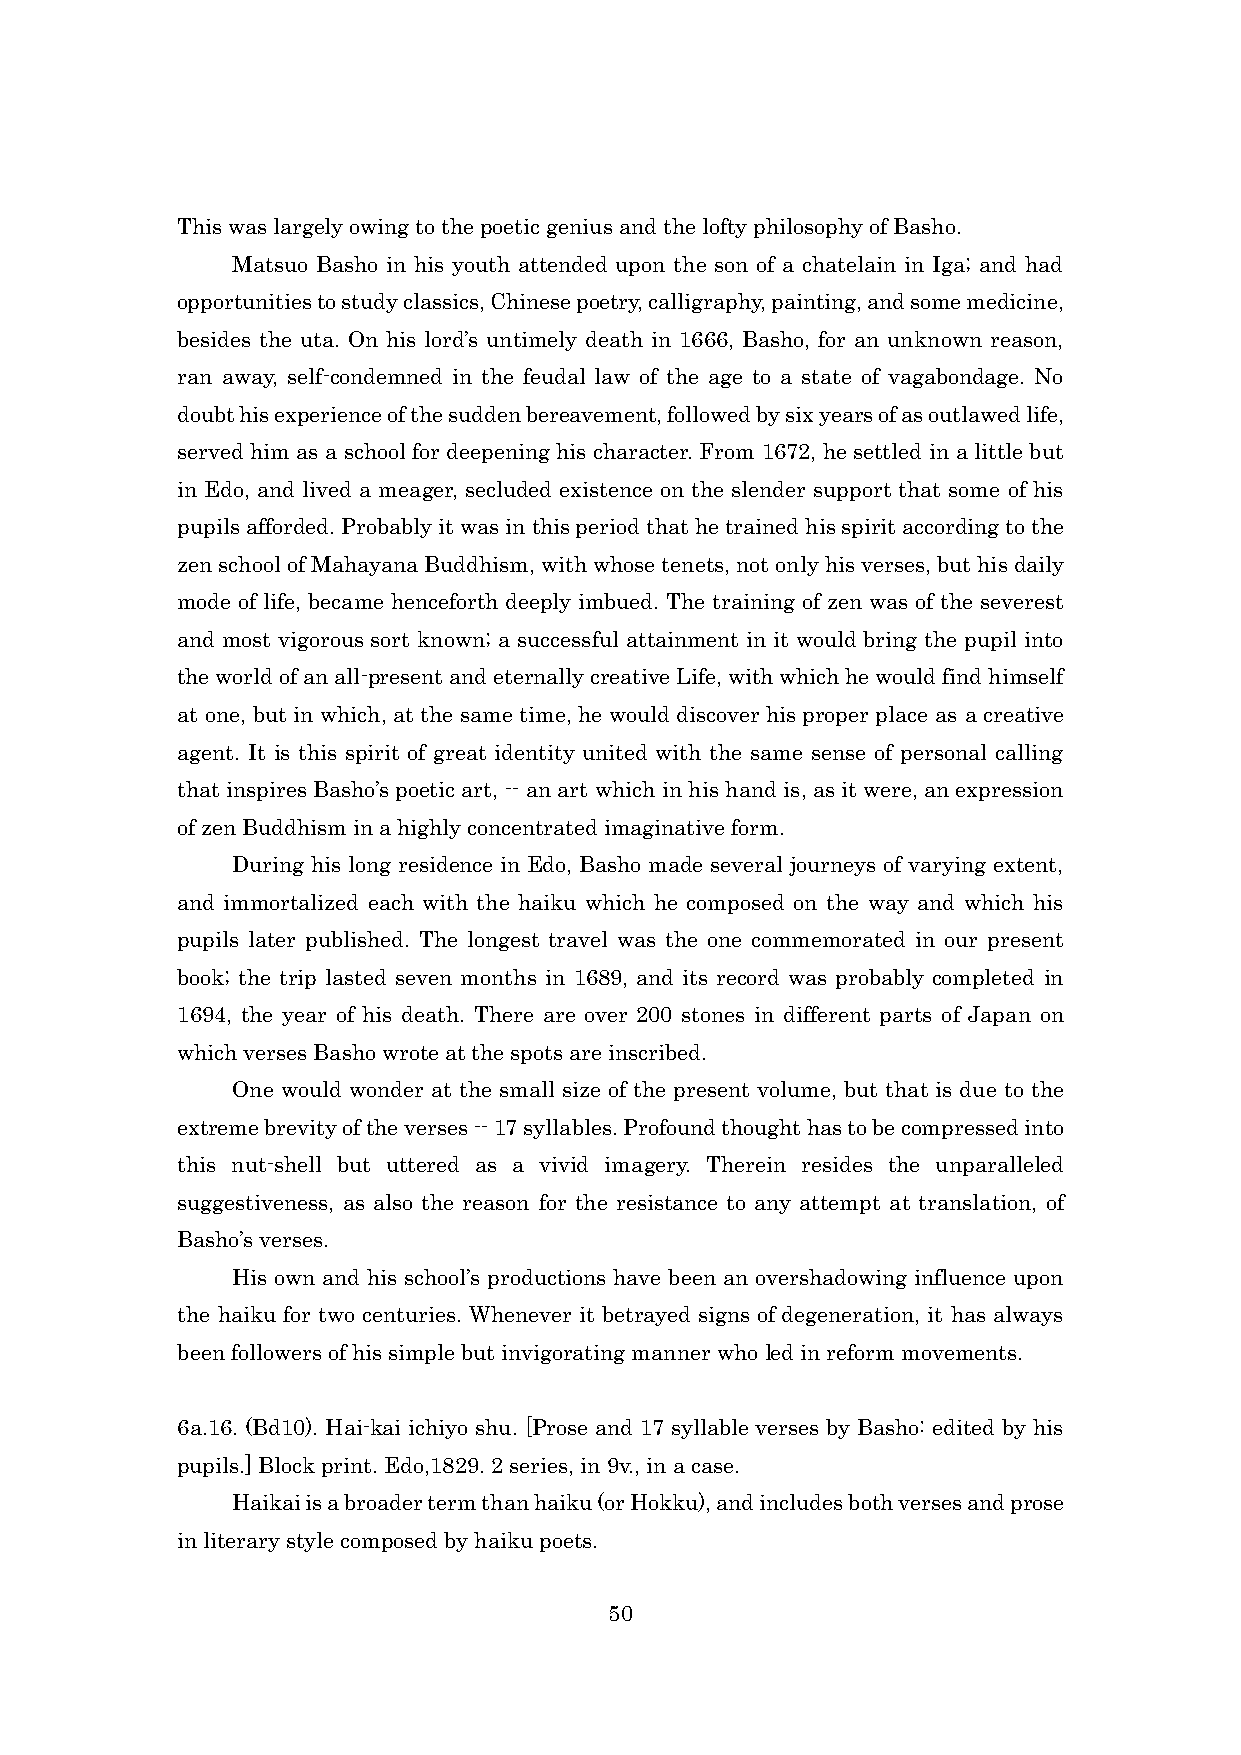
This was largely owing to the poetic genius and the lofty philosophy of Basho.
 Matsuo Basho in his youth attended upon the son of a chatelain in Iga; and had
 opportunities to study classics, Chinese poetry, calligraphy, painting, and some medicine,
 besides the uta. On his lord’s untimely death in 1666, Basho, for an unknown reason,
 ran away, self-condemned in the feudal law of the age to a state of vagabondage. No
 doubt his experience of the sudden bereavement, followed by six years of as outlawed life,
 served him as a school for deepening his character. From 1672, he settled in a little but
 in Edo, and lived a meager, secluded existence on the slender support that some of his
 pupils afforded. Probably it was in this period that he trained his spirit according to the
 zen school of Mahayana Buddhism, with whose tenets, not only his verses, but his daily
 mode of life, became henceforth deeply imbued. The training of zen was of the severest
 and most vigorous sort known; a successful attainment in it would bring the pupil into
 the world of an all-present and eternally creative Life, with which he would find himself
 at one, but in which, at the same time, he would discover his proper place as a creative
 agent. It is this spirit of great identity united with the same sense of personal calling
 that inspires Basho’s poetic art, -- an art which in his hand is, as it were, an expression
 of zen Buddhism in a highly concentrated imaginative form.
 During his long residence in Edo, Basho made several journeys of varying extent,
 and immortalized each with the haiku which he composed on the way and which his
 pupils later published. The longest travel was the one commemorated in our present
 book; the trip lasted seven months in 1689, and its record was probably completed in
 1694, the year of his death. There are over 200 stones in different parts of Japan on
 which verses Basho wrote at the spots are inscribed.
 One would wonder at the small size of the present volume, but that is due to the
 extreme brevity of the verses -- 17 syllables. Profound thought has to be compressed into
 this nut-shell but uttered as a vivid imagery. Therein resides the unparalleled
 suggestiveness, as also the reason for the resistance to any attempt at translation, of
 Basho’s verses.
 His own and his school’s productions have been an overshadowing influence upon
 the haiku for two centuries. Whenever it betrayed signs of degeneration, it has always
 been followers of his simple but invigorating manner who led in reform movements.
 6a.16. (Bd10). Hai-kai ichiyo shu. [Prose and 17 syllable verses by Basho: edited by his
 pupils.] Block print. Edo,1829. 2 series, in 9v., in a case.
 Haikai is a broader term than haiku (or Hokku), and includes both verses and prose
 in literary style composed by haiku poets.
 50